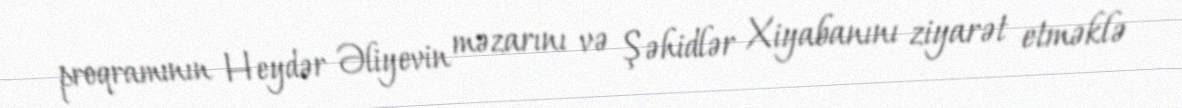
proqramının Heydər Əliyevin məzarını və Şəhidlər Xiyabanını ziyarət etməklə